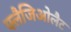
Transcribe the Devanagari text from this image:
फ्लैजिओलैट